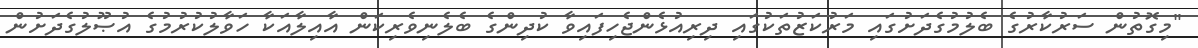
"މިގޮތުން ސަރުކާރުގެ ބެލުމުގެދަށުގައި މަރުކަޒުތަކުގައި ދިރިއުޅެންޖެހިފައިވާ ކުދިންގެ ބެލެނިވެރިކަން އާއިލާއަކާ ހަވާލުކުރުމުގެ އުޞޫލުގެދަށުން